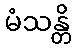
မံသန္တိ